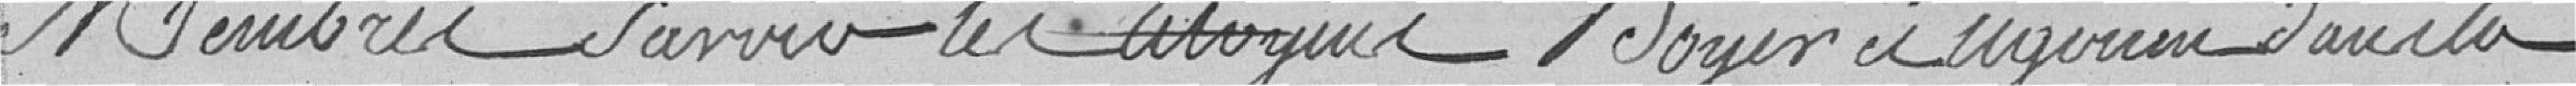
membres savoir les citoyens Boyer et Ugonin dans la